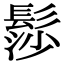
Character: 髿